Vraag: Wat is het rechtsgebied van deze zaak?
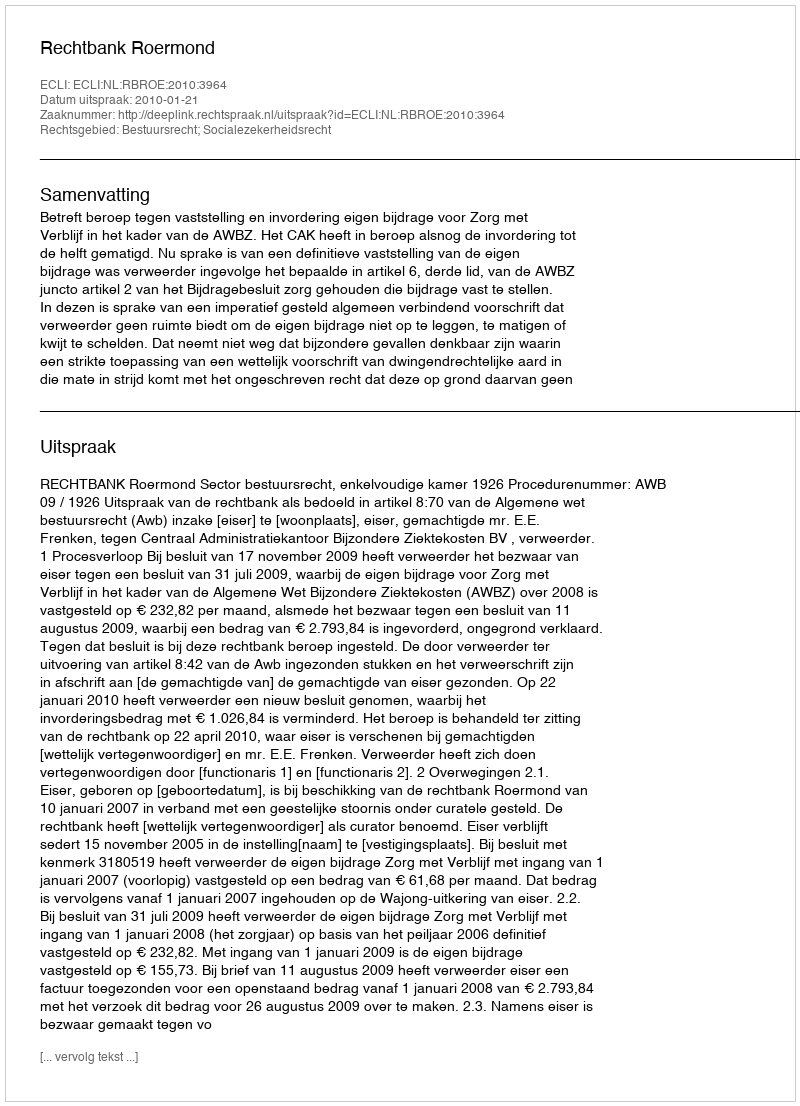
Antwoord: Bestuursrecht; Socialezekerheidsrecht